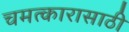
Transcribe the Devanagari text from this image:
चमत्कारासाठी